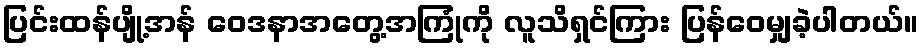
ပြင်းထန်ပျို့အန် ဝေဒနာအတွေ့အကြုံကို လူသိရှင်ကြား ပြန်ဝေမျှခဲ့ပါတယ်။